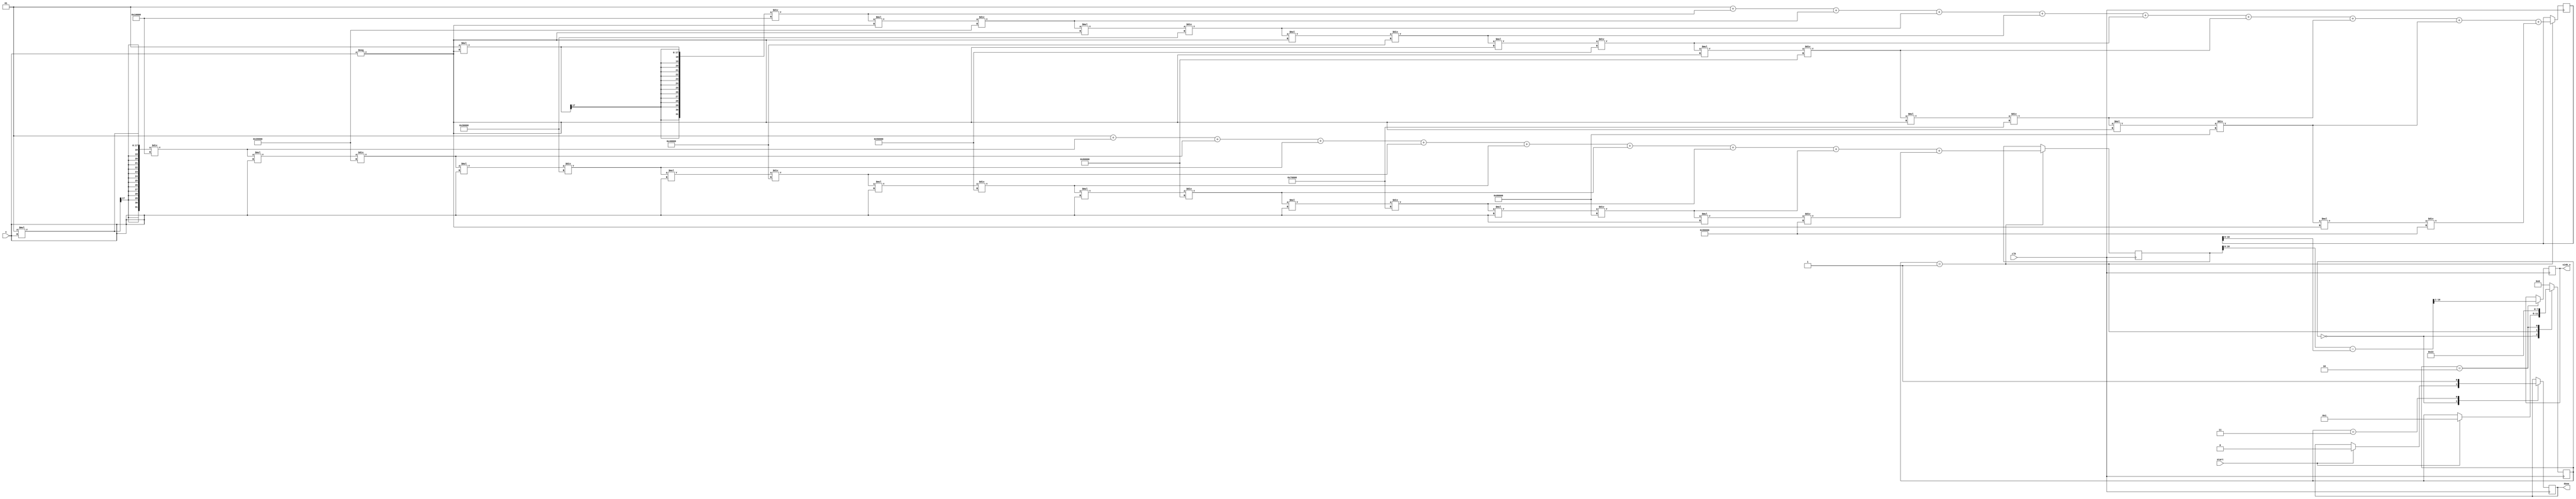
module sinh_block (
    input wire signed [15:0] x,     // Input value (fixed-point, 16-bit)
    output reg signed [15:0] sinh_x, // Output value (sinh(x), fixed-point, 16-bit)
    input wire clk,                  // Clock signal
    input wire start,                // Start signal
    output reg done                  // Done signal
);

    // Internal registers
    reg signed [31:0] exp_x;        // e^x (32-bit for overflow)
    reg signed [31:0] exp_neg_x;    // e^-x (32-bit for overflow)
    reg [3:0] state;                 // State machine variable

    // Constants for Taylor series approximation
    parameter FIXED_POINT_SCALE = 16; // Scale for fixed-point conversion

    // State encoding
    localparam IDLE = 0,
               CALC_EXP = 1,
               CALC_SINH = 2,
               DONE = 3;

    // Simple function to compute e^x using Taylor series (limited for simplicity)
    function signed [31:0] exp_taylor;
        input signed [15:0] x;
        reg signed [31:0] result;
        reg signed [31:0] term;
        integer i;
        begin
            result = 32'd1; // Start with 1
            term = 32'd1;   // First term is 1
            for (i = 1; i < 10; i = i + 1) begin
                term = (term * x) / (i * (1 << FIXED_POINT_SCALE)); // x^n/n! (scaled)
                result = result + term; // Add the term to result
            end
            exp_taylor = result;
        end
    endfunction

    // Sequential logic for state machine
    always @(posedge clk) begin
        case (state)
            IDLE: begin
                if (start) begin
                    state <= CALC_EXP;
                    done <= 1'b0;
                end
            end
            
            CALC_EXP: begin
                exp_x <= exp_taylor(x);
                exp_neg_x <= exp_taylor(-x);
                state <= CALC_SINH;
            end
            
            CALC_SINH: begin
                sinh_x <= (exp_x - exp_neg_x) >> 1; // Divide by 2
                state <= DONE;
            end
            
            DONE: begin
                done <= 1'b1;
                state <= IDLE; // Go back to idle
            end
            
            default: state <= IDLE;
        endcase
    end
    
    // Initial state
    initial begin
        state = IDLE;
        done = 1'b0;
    end

endmodule